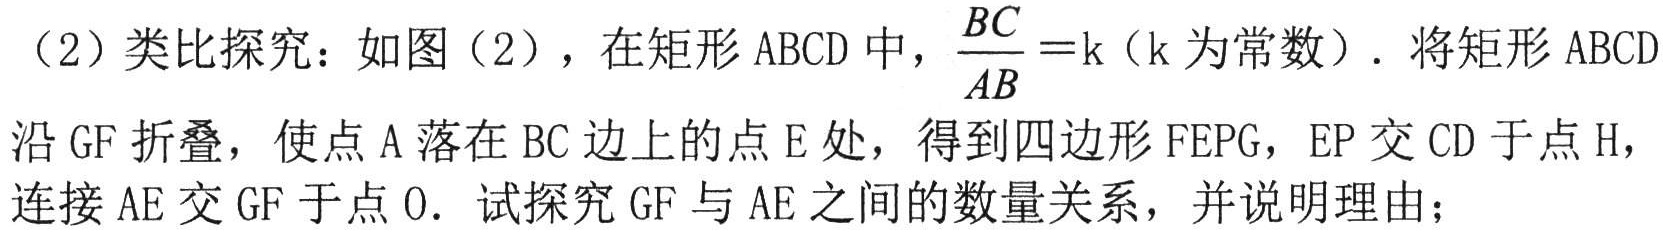
(2) 类比探究：如图(2)，在矩形\(ABCD\)中，\(\frac{BC}{AB}=k\)（\(k\)为常数）. 将矩形\(ABCD\)
沿\(GF\)折叠，使点\(A\)落在\(BC\)边上的点\(E\)处，得到四边形\(FEPG\)，\(EP\)交\(CD\)于点\(H\)，
连接\(AE\)交\(GF\)于点\(O\). 试探究\(GF\)与\(AE\)之间的数量关系，并说明理由；